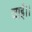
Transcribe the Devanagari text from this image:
जाई।।